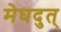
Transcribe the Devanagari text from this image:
मेघदुत्